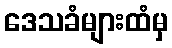
ဒေသခံများထံမှ